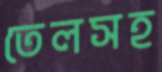
তেলসহ